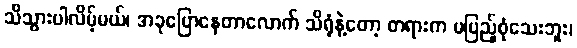
သိသွားပါလိမ့်မယ်၊ အခုပြောနေတာလောက် သိရုံနဲ့တော့ တရားက မပြည့်စုံသေးဘူး၊